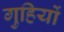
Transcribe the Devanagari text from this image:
गुहियों